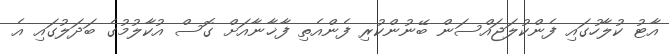
އާޓު ކުލާހުގައި ފެންކުލަޖައްސަން ބޭނުންކުރި ފެންއެތި ފާޚާނާއަށް ގޮސް އުކާލުމުގެ ބަދަލުގައި އެ